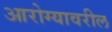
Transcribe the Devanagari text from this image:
आरोग्यावरील